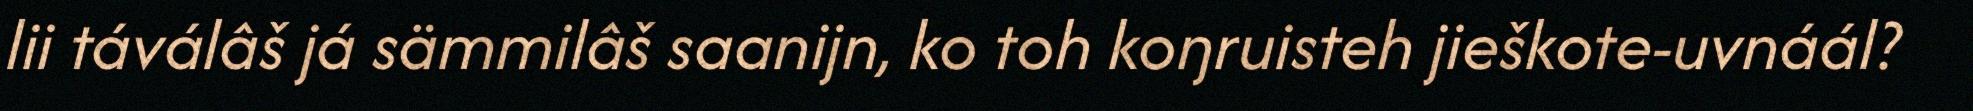
lii táválâš já sämmilâš saanijn, ko toh koŋruisteh jieškote-uvnáál?